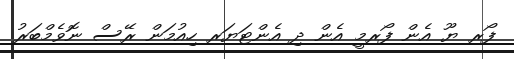
ފޯރ ޔޫ އެން ފޯރމީ އެން ދި އެންޓަޔަރ ހިއުމަން ރޭސް ނޮވެމްބަރު